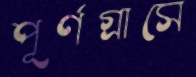
পূর্ণগ্রাসে